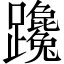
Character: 𨇩